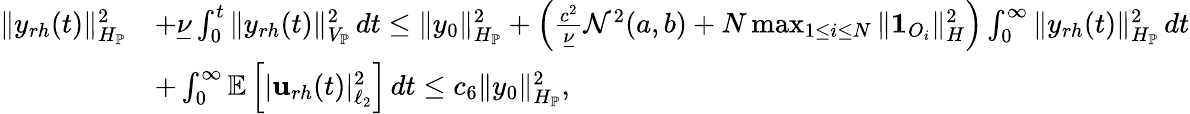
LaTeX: \begin{array}{rl}{\| y_{rh}(t)\| _{H_{\mathbb{P}}}^{2}}&{+\underline{{\nu}}\int_{0}^{t}\| y_{rh}(t)\| _{V_{\mathbb{P}}}^{2}\, dt\leq\| y_{0}\| _{H_{\mathbb{P}}}^{2}+\left(\frac{c^{2}}{\underline{{\nu}}}\mathcal{N}^{2}(a,b)+N\operatorname*{max}_{1\leq i\leq N}\| \mathbf{1}_{O_{i}}\| _{H}^{2}\right)\int_{0}^{\infty}\| y_{rh}(t)\| _{H_{\mathbb{P}}}^{2}\, dt}\\ &{+\int_{0}^{\infty}\mathbb{E}\left[|\mathbf{u}_{rh}(t)|_{\ell_{2}}^{2}\right]\, dt\leq c_{6}\| y_{0}\| _{H_{\mathbb{P}}}^{2},}\end{array}